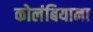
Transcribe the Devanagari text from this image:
कोलंबियाना